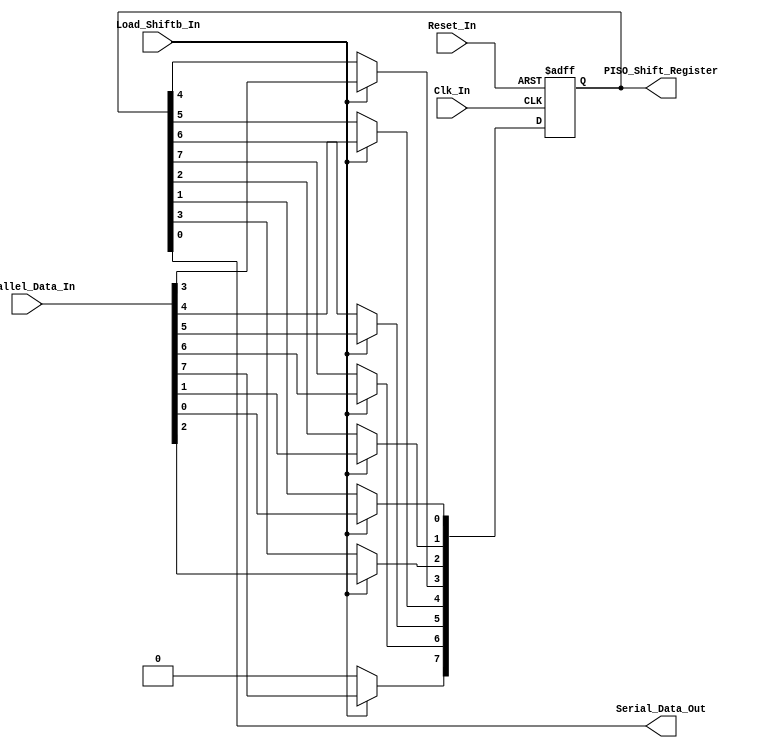
/*
Verilog Code, to implement a Parallel-In-Serial-Out - PISO - 8-Bit Shift Register.



Author : Prasad Narayan Ghatol
*/



module Parallel_In_Serial_Out_PISO_8_Bit (
    input            Clk_In,
    input            Reset_In,

    input            Load_Shiftb_In,
    input      [7:0] Parallel_Data_In,
    output           Serial_Data_Out,
    output reg [7:0] PISO_Shift_Register
);



// --------------------------------------------------
// Assignments
// --------------------------------------------------
assign Serial_Data_Out = PISO_Shift_Register[0];



// --------------------------------------------------
// Parallel-In-Serial-Out - PISO - 8-Bit Shift Register Logic
// --------------------------------------------------
always @ (negedge Clk_In or posedge Reset_In)
    begin
        if (Reset_In)
            begin
                PISO_Shift_Register <= 8'b0;
            end
        else if (Load_Shiftb_In)
            begin
                PISO_Shift_Register <= Parallel_Data_In;
            end
        else
            begin
                PISO_Shift_Register[7]  <= 1'b0;
                PISO_Shift_Register[6]  <= PISO_Shift_Register[7];
                PISO_Shift_Register[5]  <= PISO_Shift_Register[6];
                PISO_Shift_Register[4]  <= PISO_Shift_Register[5];
                PISO_Shift_Register[3]  <= PISO_Shift_Register[4];
                PISO_Shift_Register[2]  <= PISO_Shift_Register[3];
                PISO_Shift_Register[1]  <= PISO_Shift_Register[2];
                PISO_Shift_Register[0]  <= PISO_Shift_Register[1];
            end
    end



endmodule